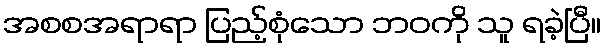
အစစအရာရာ ပြည့်စုံသော ဘဝကို သူ ရခဲ့ပြီ။